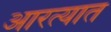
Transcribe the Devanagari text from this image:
आरत्यात